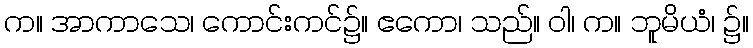
က။ အာကာသေ၊ ကောင်းကင်၌။ ဧကော၊ သည်။ ဝါ၊ က။ ဘူမိယံ၊ ၌။